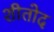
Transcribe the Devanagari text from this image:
शीतोद